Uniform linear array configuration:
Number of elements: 8
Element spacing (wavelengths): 0.25
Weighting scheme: hann
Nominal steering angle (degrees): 0
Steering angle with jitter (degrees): -0.8357
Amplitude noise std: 0.05
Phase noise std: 0.05

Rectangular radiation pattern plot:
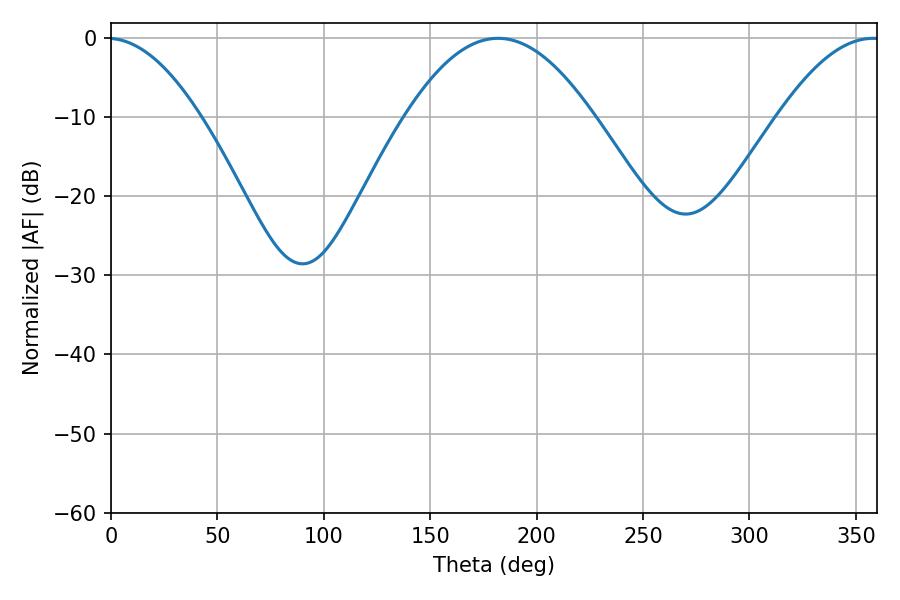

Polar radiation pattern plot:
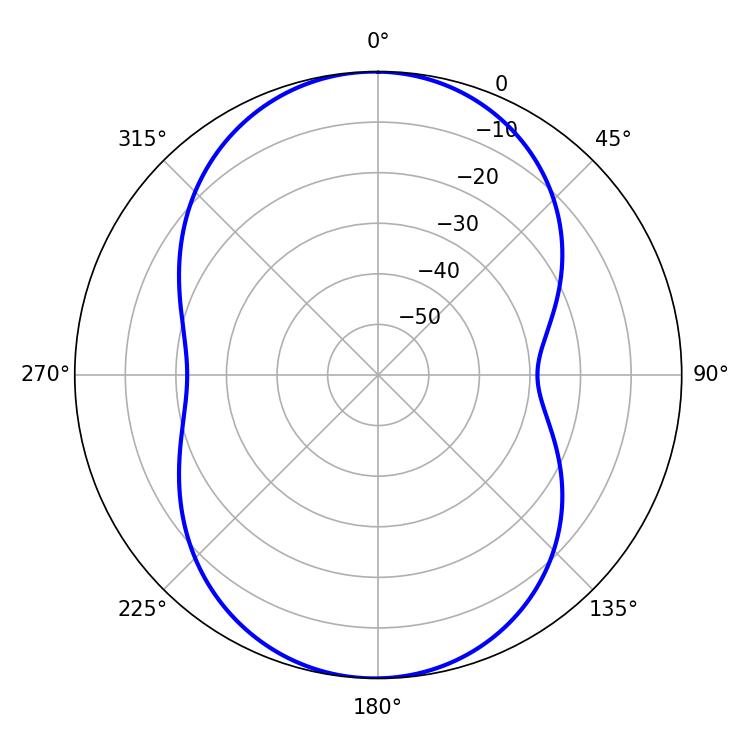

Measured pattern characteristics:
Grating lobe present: FALSE
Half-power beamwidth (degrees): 48.24
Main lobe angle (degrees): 181.8